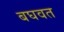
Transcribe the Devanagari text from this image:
बघवत